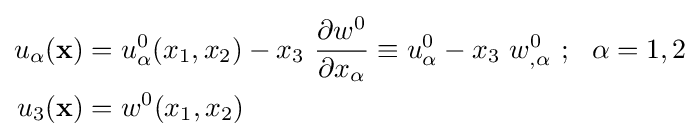
{\begin{aligned}u_{\alpha }(\mathbf {x} )&=u_{\alpha }^{0}(x_{1},x_{2})-x_{3}~{\frac {\partial w^{0}}{\partial x_{\alpha }}}\equiv u_{\alpha }^{0}-x_{3}~w_{,\alpha }^{0}~;~~\alpha =1,2\\u_{3}(\mathbf {x} )&=w^{0}(x_{1},x_{2})\end{aligned}}